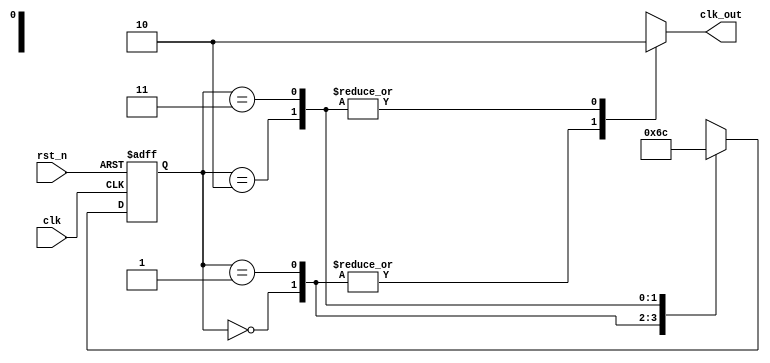
module clk_div_fsm_4(
input clk,rst_n,
output reg clk_out); 

parameter s0=2'b00;
parameter s1=2'b01;
parameter s2=2'b10;
parameter s3=2'b11;


reg [1:0] state, nextstate; 

// next state logic
always @(*)  begin 
case (state)
s0: nextstate = s1;
s1: nextstate = s2;
s2: nextstate = s3;
s3: nextstate = s0;
default: nextstate = s0; 
endcase  
end 

// state register
always @(posedge clk or negedge rst_n) begin 
if(!rst_n) state <= s0; 
else state <= nextstate; 
end
// output logic

always@(*) begin 
case (state) 
s0: clk_out= 1'b1; 
s1: clk_out= 1'b1;

s2: clk_out= 1'b0; 
s3: clk_out= 1'b0;
default: clk_out = 1'bx; 
endcase
end 
endmodule

// instantce: 
// clk_div_fsm_4 inst_name (.clk(), .rst_n(), .clk_out());